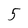
Character: 5